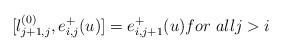
LaTeX: \begin{align*}[l_{j+1,j}^{(0)},e_{i,j}^{+}(u)]=e_{i,j+1}^{+}(u)for\ allj>i\end{align*}